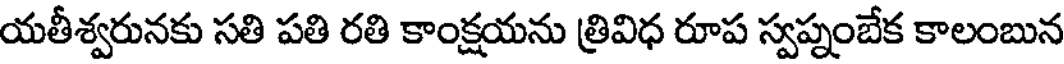
యతీశ్వరునకు సతి పతి రతి కాంక్షయను త్రివిధ రూప స్వప్నంబేక కాలంబున